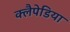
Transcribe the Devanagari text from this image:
क्लैपेडिया